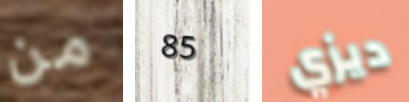
من 85 ديزي